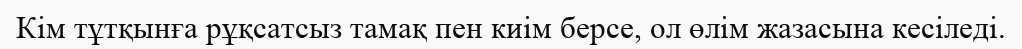
Кім тұтқынға рұқсатсыз тамақ пен киім берсе, ол өлім жазасына кесіледі.